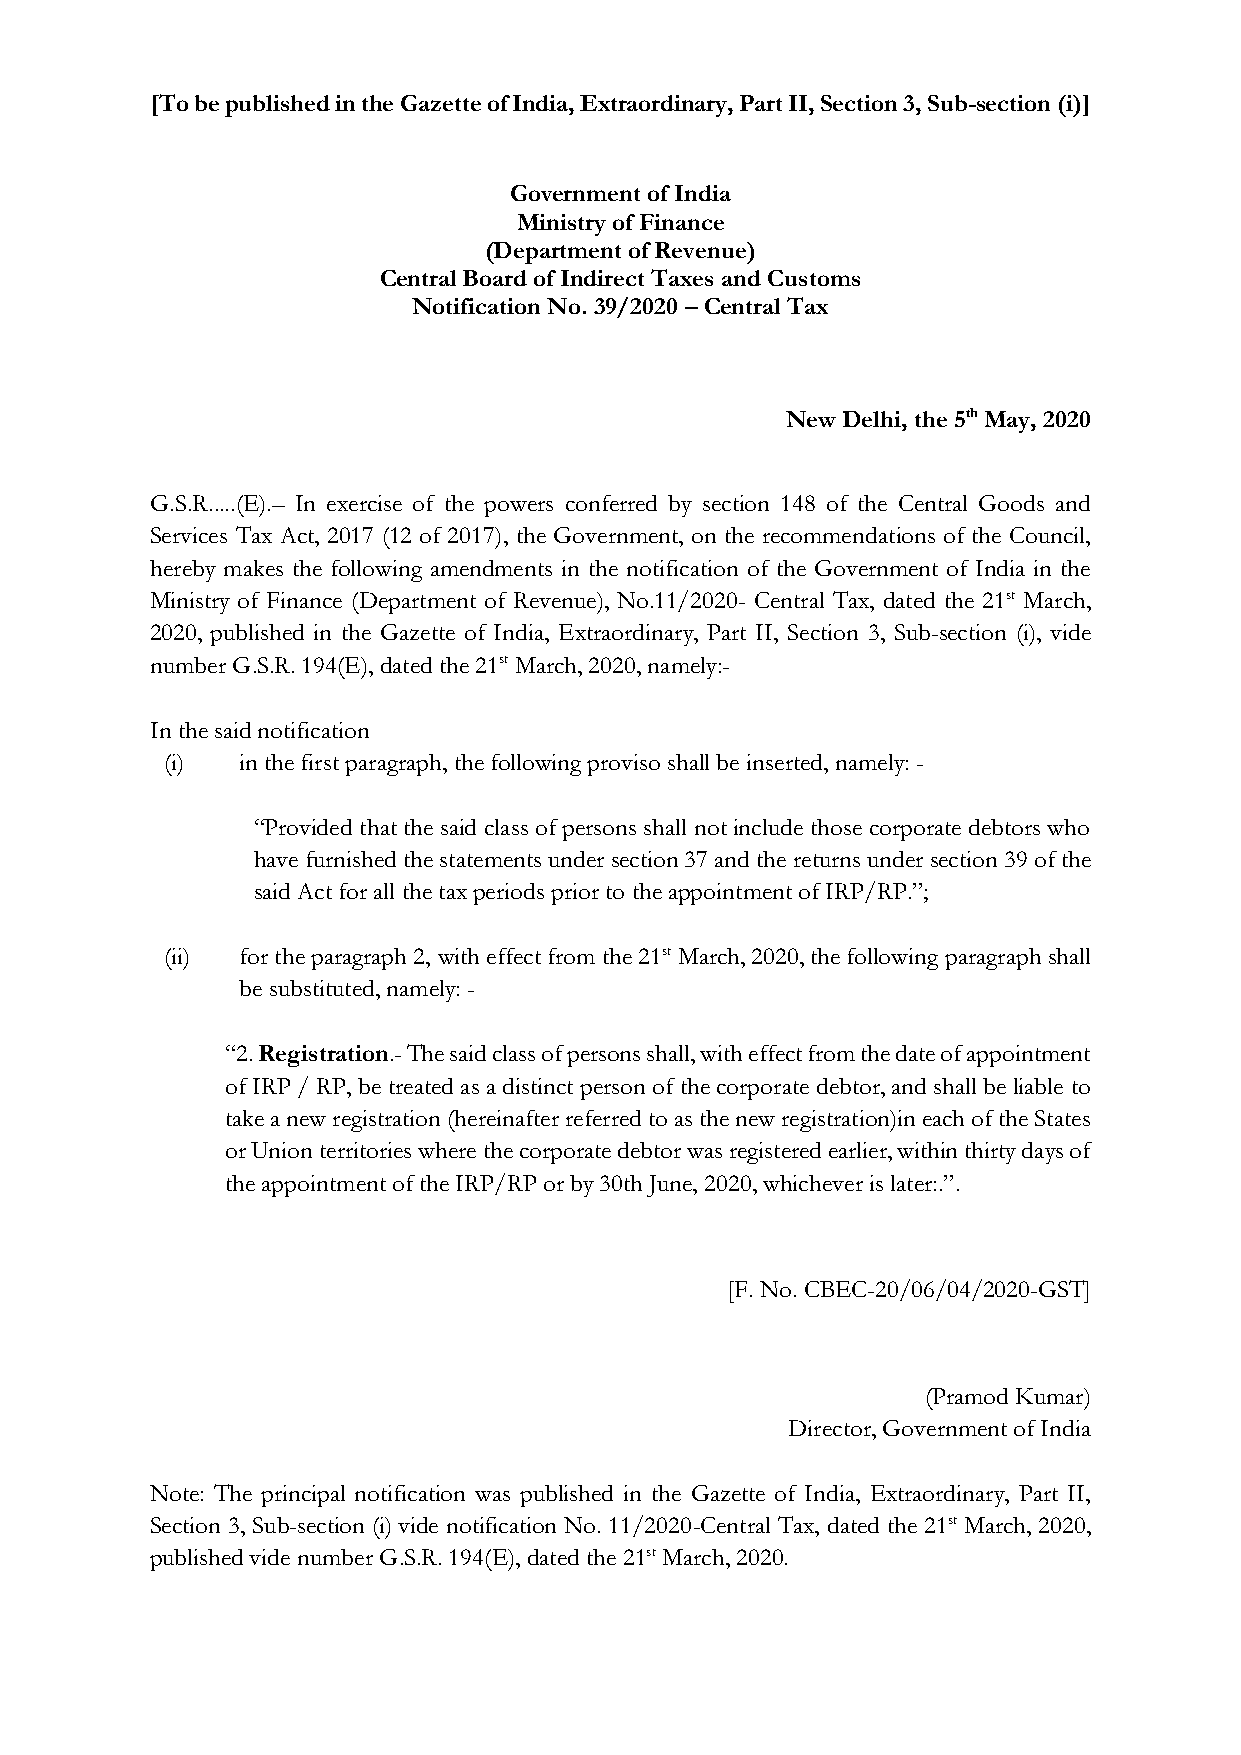
[To be published in the Gazette of India, Extraordinary, Part II, Section 3, Sub-section (i)]
 Government of India
 Ministry of Finance
 (Department of Revenue)
 Central Board of Indirect Taxes and Customs
 Notification No. 39/2020 – Central Tax
 New Delhi, the 5th May, 2020
 G.S.R.....(E).– In exercise of the powers conferred by section 148 of the Central Goods and
 Services Tax Act, 2017 (12 of 2017), the Government, on the recommendations of the Council,
 hereby makes the following amendments in the notification of the Government of India in the
 Ministry of Finance (Department of Revenue), No.11/2020- Central Tax, dated the 21st March,
 2020, published in the Gazette of India, Extraordinary, Part II, Section 3, Sub-section (i), vide
 number G.S.R. 194(E), dated the 21st March, 2020, namely:-
 In the said notification
 (i)  in the first paragraph, the following proviso shall be inserted, namely: -
 “Provided that the said class of persons shall not include those corporate debtors who
 have furnished the statements under section 37 and the returns under section 39 of the
 said Act for all the tax periods prior to the appointment of IRP/RP.”;
 (ii) for the paragraph 2, with effect from the 21st March, 2020, the following paragraph shall
 be substituted, namely: -
 “2. Registration.- The said class of persons shall, with effect from the date of appointment
 of IRP / RP, be treated as a distinct person of the corporate debtor, and shall be liable to
 take a new registration (hereinafter referred to as the new registration)in each of the States
 or Union territories where the corporate debtor was registered earlier, within thirty days of
 the appointment of the IRP/RP or by 30th June, 2020, whichever is later:.”.
 [F. No. CBEC-20/06/04/2020-GST]
 (Pramod Kumar)
 Director, Government of India
 Note: The principal notification was published in the Gazette of India, Extraordinary, Part II,
 Section 3, Sub-section (i) vide notification No. 11/2020-Central Tax, dated the 21st March, 2020,
 published vide number G.S.R. 194(E), dated the 21st March, 2020.